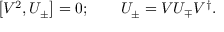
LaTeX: \left[ V ^ { 2 } , U _ { \pm } \right] = 0 ; \qquad U _ { \pm } = V U _ { \mp } V ^ { \dagger } .